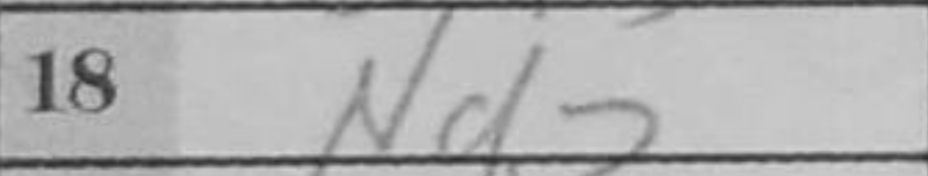
Transcription: Nd2